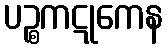
ပဉ္စကဋုကေန